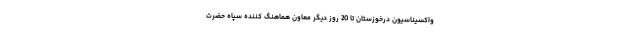
واکسیناسیون درخوزستان تا 20 روز دیگر معاون هماهنگ کننده سپاه حضرت